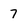
Character: 7